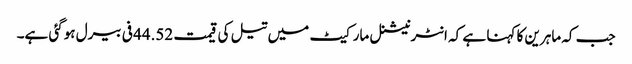
جب کہ ماہرین کا کہنا ہے کہ انٹرنیشنل مارکیٹ میں تیل کی قیمت 44.52 فی بیرل ہوگئی ہے۔